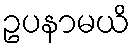
ဥပနာမယိ